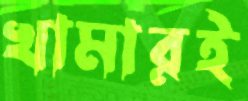
খামারই